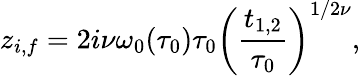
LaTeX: z_{i,f}=2i\nu\omega_{0}(\tau_{0})\tau_{0}\left(\frac{t_{1,2}}{\tau_{0}}\right)^{1/2\nu},